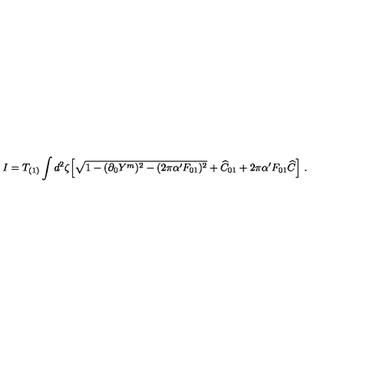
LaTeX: I = T _ { ( 1 ) } \int d ^ { 2 } \zeta \Bigl [ \sqrt { 1 - ( \partial _ { 0 } Y ^ { m } ) ^ { 2 } - ( 2 \pi \alpha ^ { \prime } F _ { 0 1 } ) ^ { 2 } } + { \widehat C } _ { 0 1 } + 2 \pi \alpha ^ { \prime } F _ { 0 1 } { \widehat C } \Bigr ] \ .